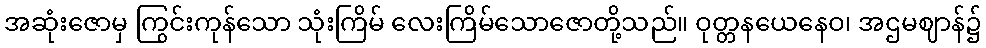
အဆုံးဇောမှ ကြွင်းကုန်သော သုံးကြိမ် လေးကြိမ်သောဇောတို့သည်။ ဝုတ္တနယေနေဝ၊ အဌမဈာန်၌